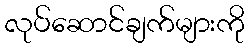
လုပ်ဆောင်ချက်များကို